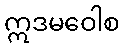
ဣဒမဝေါစ